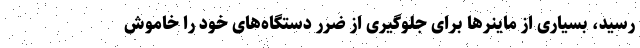
رسید، بسیاری از ماینر‌ها برای جلوگیری از ضرر دستگاه‌های خود را خاموش